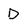
Character: D